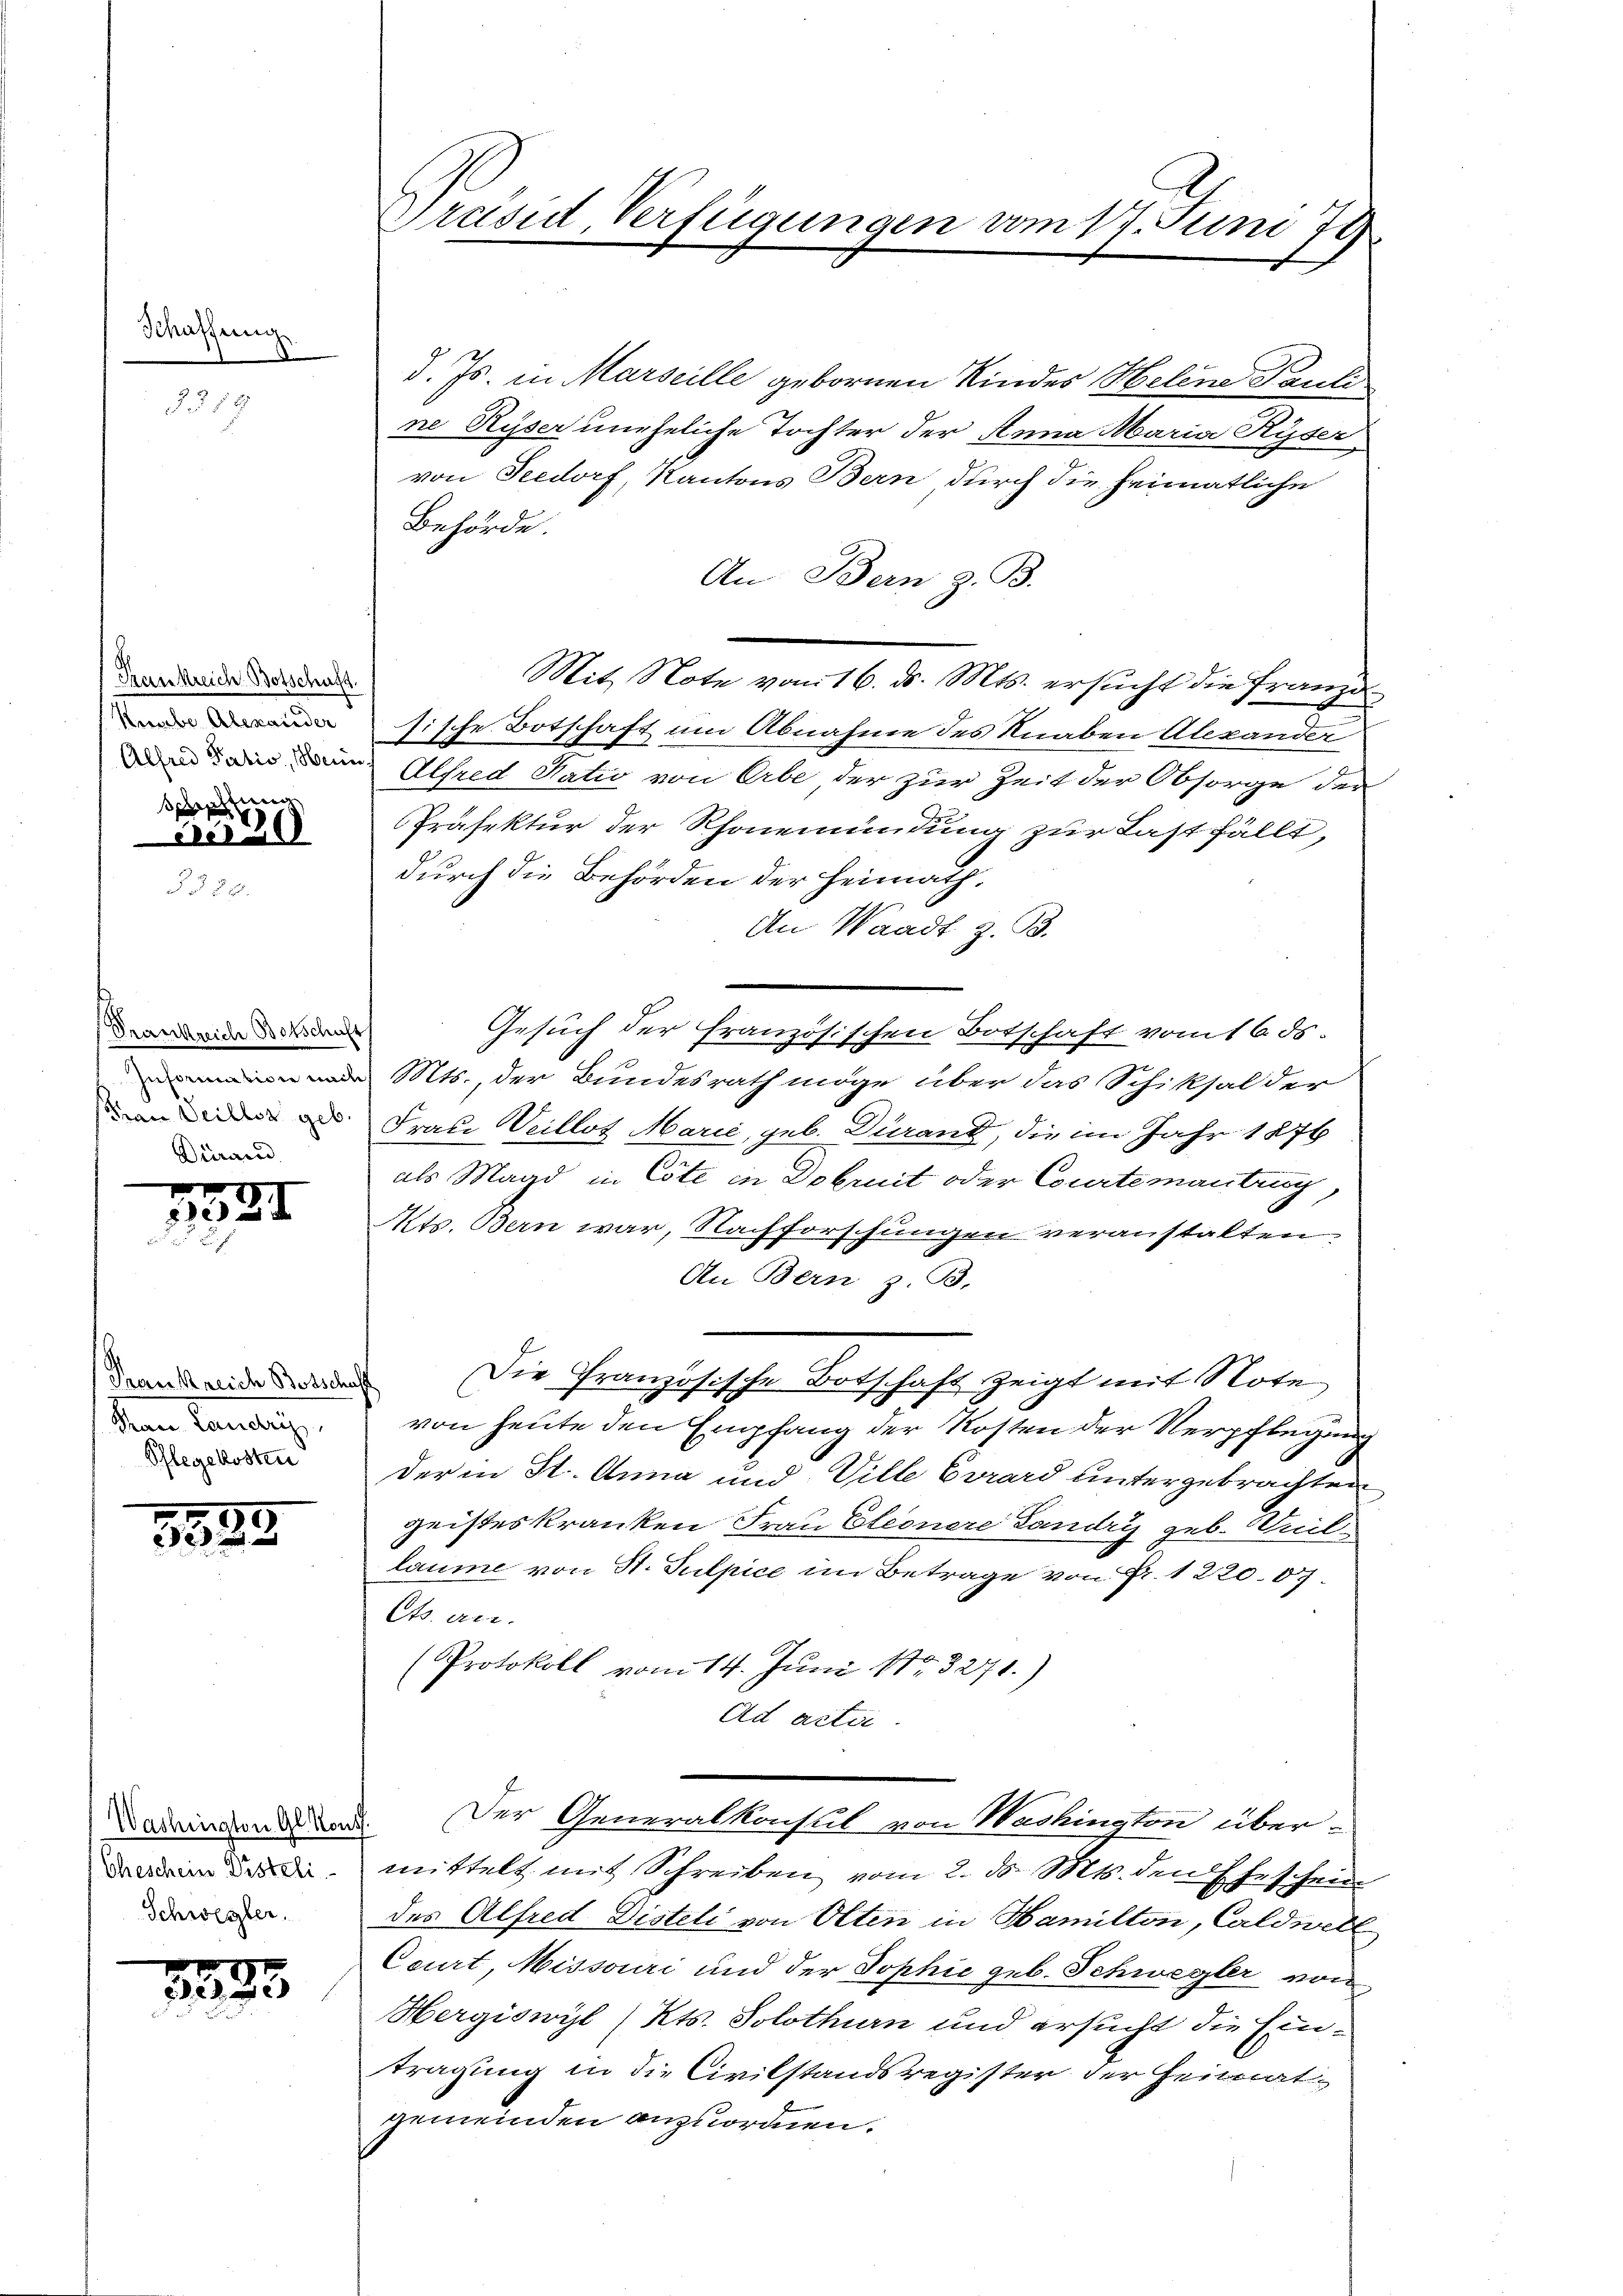
Schaffung

359

Trankreich Botschaft.
Kaube Alexander
pre

No 20

Frankreich Botschuss
Frau Seillos geb.
Dirard

1331

Trankreich Botschaft
Shan Landris
Pflegekosten

55,89

Washington Glont
Eheschein Pisteli
Schwester.

223. 22

Preisid, Verfügungen vom 17. Juni 78

d. Js. in Marseille gebornen Kindes Helene Pauli
ne Ryser uneheliche Tochter der Anna Maria Ryser
von Seedorf, Kantons Bern durch die heimatliche
Behörde.
An Bern z. B.
Mit Note vom 16. ds. Mts. ersucht die Franze
sische Botschaft um Abnahme des Knaben Alexander
i dem Alfred Natio von Arbe der zur Zeit der Obsorge der
Präfektur der Rhonemündung zur Last fällt,
durch die Behörden der Heimath
An Waadt z. B.
Gesuch der französischen Botschaft vom 16. ds.
Mts., der Bundesrath möge über das Schiksal der
Frau Weillot Marić, geb. Durand, die im Jahr 1876
als Magd in Cote in Dobruit oder Courte mantrug,
Kts. Bern war, Nachforschungen veranstalten.
An Bern z. B.
 Die Französische Botschaft zeigt mit Note
von heute den Empfang der Kosten der Verpflegung
der in St. Anna und Ville Evrard untergebrachten
geisteskranken Frau Eleonere Landry geb. Weillaume von St. Sulpice im Betrage von Fr. 1220.07
Cts. an.
(Protokoll vom 14. Juni 183271.)
Ad actie
Der Generalkonsul von Washington übermittelt mit Schreiben vom 2. ds. Mts. den Eheschein
des Alfred Disteli von Olten in Hamilton, Caldwell
Court, Missouri und der Sophie geb. Schwegler von
Hergiswyl (Kts. Solothurn und ersucht die Eintragung in die Civilstandsregister der Heirat
gemeinden anzuordnen.